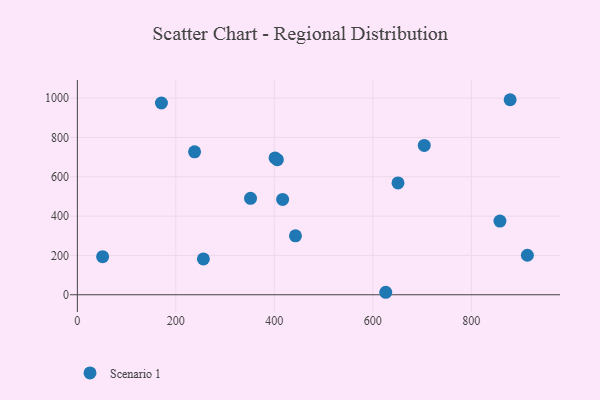
{"axis": {"x": "Experience", "y": "Yield"}, "legend": ["Scenario 1"], "data": [{"x": "704.4", "y": 759.6, "type": "Scenario 1"}, {"x": "255.9", "y": 182.2, "type": "Scenario 1"}, {"x": "416.8", "y": 484.6, "type": "Scenario 1"}, {"x": "238.0", "y": 726.9, "type": "Scenario 1"}, {"x": "913.8", "y": 200.9, "type": "Scenario 1"}, {"x": "170.7", "y": 975.2, "type": "Scenario 1"}, {"x": "858.1", "y": 374.6, "type": "Scenario 1"}, {"x": "651.1", "y": 568.8, "type": "Scenario 1"}, {"x": "351.6", "y": 490.6, "type": "Scenario 1"}, {"x": "51.3", "y": 193.7, "type": "Scenario 1"}, {"x": "442.9", "y": 299.9, "type": "Scenario 1"}, {"x": "878.8", "y": 991.8, "type": "Scenario 1"}, {"x": "626.2", "y": 12.6, "type": "Scenario 1"}, {"x": "406.1", "y": 687.0, "type": "Scenario 1"}, {"x": "401.4", "y": 696.0, "type": "Scenario 1"}]}